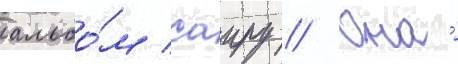
альбо́м саиру // Она́